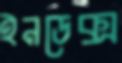
ইনডেক্স